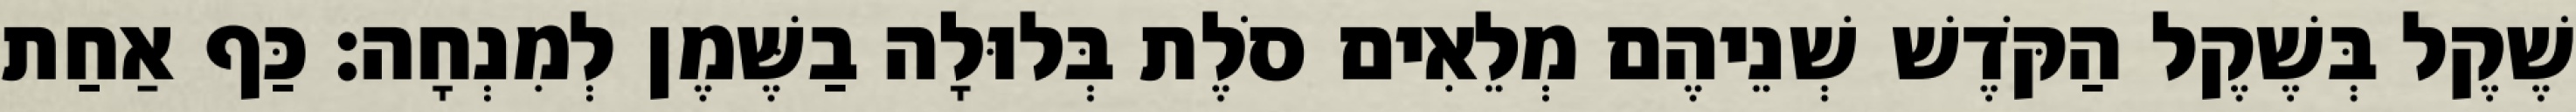
שֶׁקֶל בְּשֶׁקֶל הַקֹּדֶשׁ שְׁנֵיהֶם מְלֵאִים סֹלֶת בְּלוּלָה בַשֶּׁמֶן לְמִנְחָה׃ כַּף אַחַת